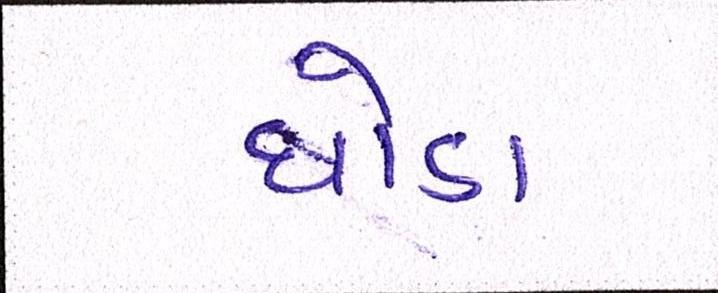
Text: ઘોડા